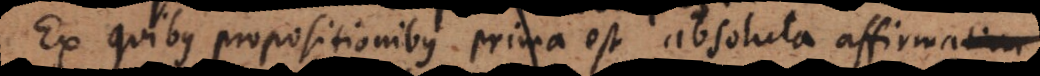
Ex quibus propositionibus prima est absoluta affirma